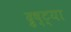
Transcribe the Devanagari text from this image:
द्रुष्ट्या